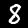
Label: 8